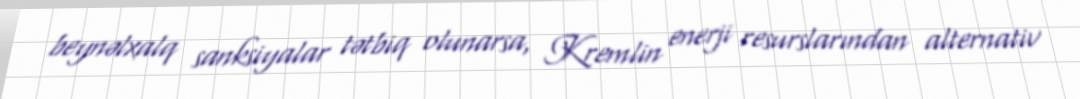
beynəlxalq sanksiyalar tətbiq olunarsa, Kremlin enerji resurslarından alternativ